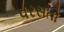
વરસતો